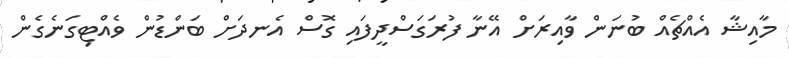
މާއިޝާ އެއްޗެއް ބުނަން ވާއިރަށް އޭނާ ފުރަގަސްދީފައި ގޮސް އެނދަށް ބަންޑުން ވެއްޓިގަނެގެން